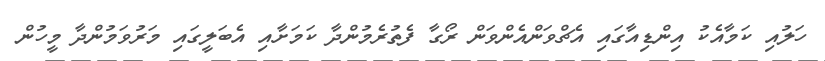
ހަލުއި ކަމާއެކު އިންޑިއާގައި އެޗްވަންއެންވަން ރޯގާ ފެތުރެމުންދާ ކަމަށާއި އެބަލީގައި މަރުވަމުންދާ މީހުން